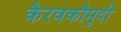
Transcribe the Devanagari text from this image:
कैरवकौमुदी